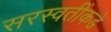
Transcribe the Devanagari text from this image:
सरस्वतींकडे